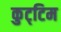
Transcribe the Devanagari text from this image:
कुट्‌टिम